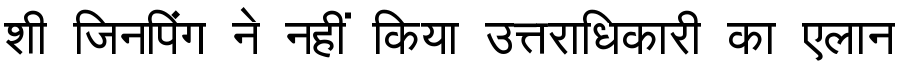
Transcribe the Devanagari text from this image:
शी जिनपिंग ने नहीं किया उत्तराधिकारी का एलान